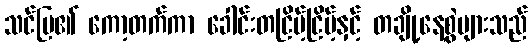
သင်ပြ၏ ကော့တက်ကာ ခေါင်းတငြိမ့်ငြိမ့်နှင့် တချို့နေ့စွဲများသည်